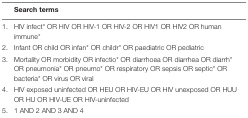
|  | Search terms |
 | --- | --- |
 | 1. | HIV infect* OR HIV OR HIV-1 OR HIV-2 OR HIV1 OR HIV2 OR human immune* |
 | 2. | Infant OR child OR infan* OR childr* OR paediatric OR pediatric |
 | 3. | Mortality OR morbidity OR infectio* OR diarrhoea OR diarrhea OR diarrh* OR pneumonia* OR pneumo* OR respiratory OR sepsis OR septic* OR bacteria* OR virus OR viral |
 | 4. | HIV exposed uninfected OR HEU OR HIV-EU OR HIV unexposed OR HUU OR HU OR HIV-UE OR HIV-uninfected |
 | 5. | 1 AND 2 AND 3 AND 4 |